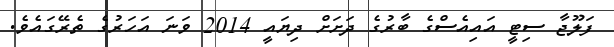
ފަލޫޖާ ސިޓީ އައިއެސްގެ ބާރުގެ ދަށަށް ދިޔައީ 2014 ވަނަ އަހަރުގެ ތެރޭގައެވެ.